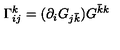
\Gamma _ { i j } ^ { k } = ( \partial _ { i } G _ { j { \bar { k } } } ) G ^ { { \bar { k } } k }